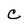
Character: C